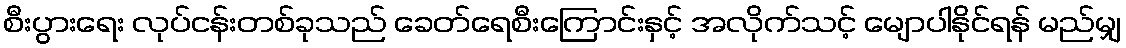
စီးပွားရေး လုပ်ငန်းတစ်ခုသည် ခေတ်ရေစီးကြောင်းနှင့် အလိုက်သင့် မျောပါနိုင်ရန် မည်မျှ